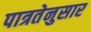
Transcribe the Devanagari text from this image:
पात्रतेनुसार